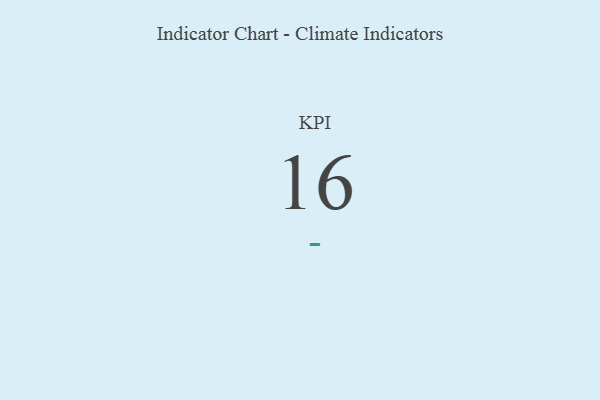
{"axis": {"x": "KPI", "y": "Value"}, "legend": [""], "data": [{"x": "KPI", "y": 16, "type": ""}]}